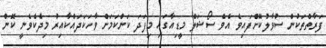
ފަރާތްތަކުން ސުވާލުކޮށްފައިވެ އެވެ ސޯޝަލް މީޑިއާގައި މިފަދަ ކަންކަމަށް ވާހަކަދައްކާއިރު މިދެކެވެނީ ކޮން